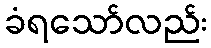
ခံရသော်လည်း